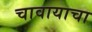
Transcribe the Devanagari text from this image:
चावायाचा